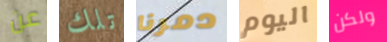
عن تلك دمرنا اليوم ولكن